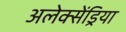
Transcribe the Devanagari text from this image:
अलेक्सेंड्रिया